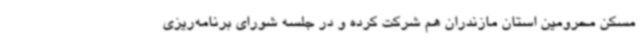
مسکن محرومین استان مازندران هم شرکت کرده و در جلسه شورای برنامه‌ریزی